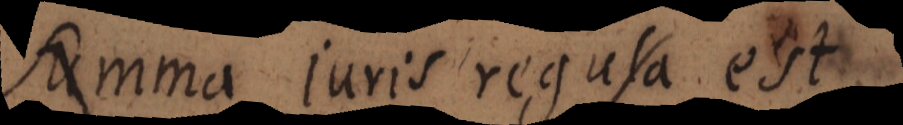
Summa juris regula est